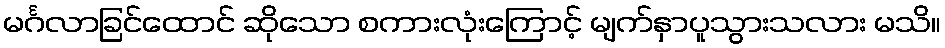
မင်္ဂလာခြင်ထောင် ဆိုသော စကားလုံးကြောင့် မျက်နှာပူသွားသလား မသိ။